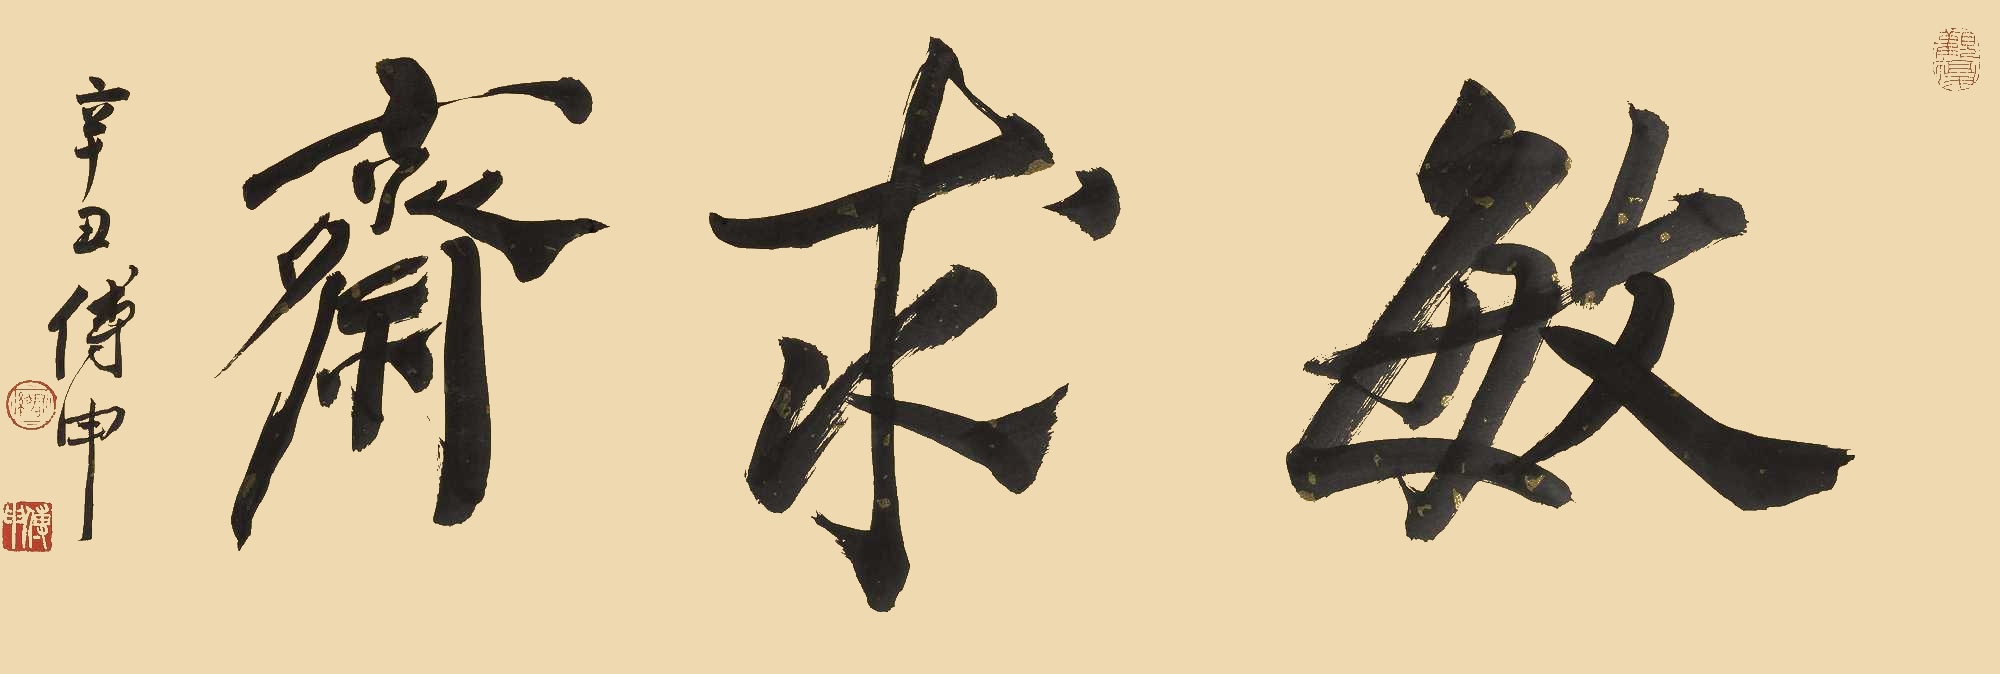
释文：敏求斋辛丑傅申。